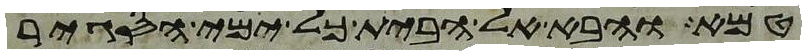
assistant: טמא והבא אל הבית כל ימי הסגיר